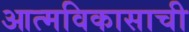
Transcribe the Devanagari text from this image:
आत्मविकासाची